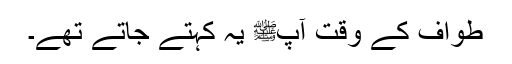
طواف کے وقت آپﷺ یہ کہتے جاتے تھے۔